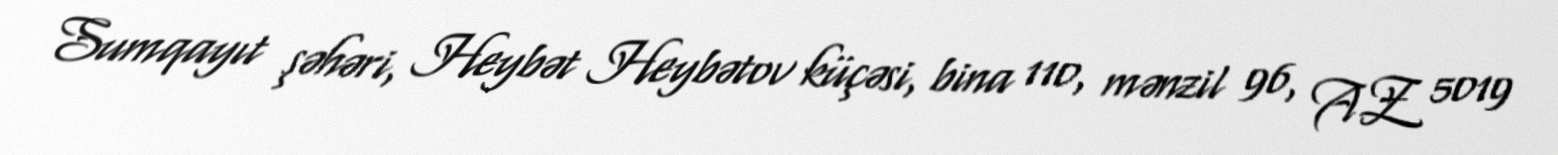
Sumqayıt şəhəri, Heybət Heybətov küçəsi, bina 110, mənzil 96, AZ 5019